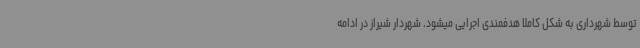
توسط شهرداری به شکل کاملا هدفمندی اجرایی میشود. شهردار شیراز در ادامه